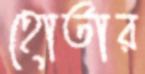
হোর্তার